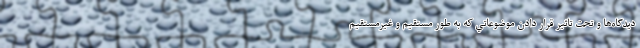
ديدگاه‌ها و تحت تاثير قرار دادن موضوعاتي كه به ‌طور مستقيم و غيرمستقيم